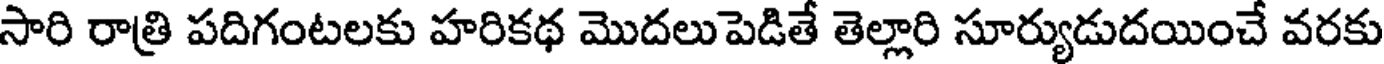
సారి రాత్రి పదిగంటలకు హరికథ మొదలుపెడితే తెల్లారి సూర్యుడుదయించే వరకు